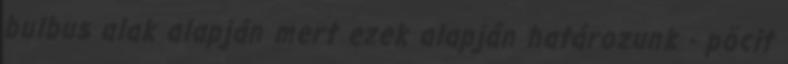
bulbus alak alapján mert ezek alapján határozunk - pöcit